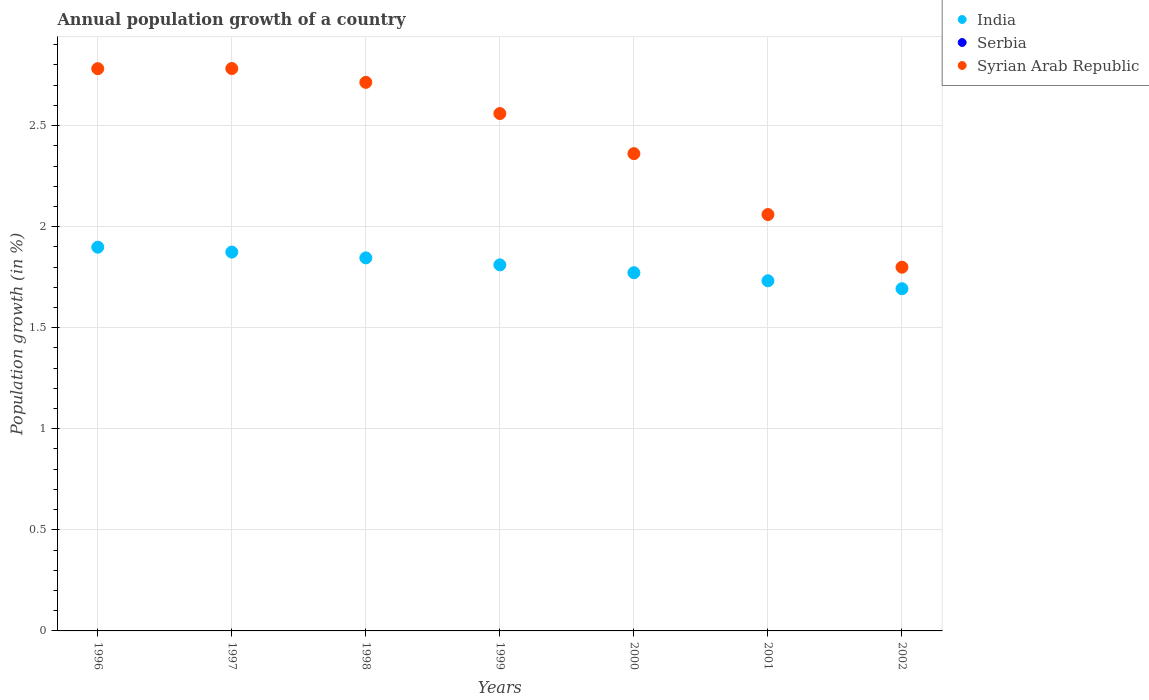
| Years | India | Serbia | Syrian Arab Republic |
 | --- | --- | --- | --- |
 | 1996 | 1.9 | -0.0992 | 2.78 |
 | 1997 | 1.87 | -0.28 | 2.78 |
 | 1998 | 1.85 | -0.379 | 2.71 |
 | 1999 | 1.81 | -0.362 | 2.56 |
 | 2000 | 1.77 | -0.32 | 2.36 |
 | 2001 | 1.73 | -0.172 | 2.06 |
 | 2002 | 1.69 | -0.0453 | 1.8 |